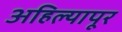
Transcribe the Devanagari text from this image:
अहिल्यापूर